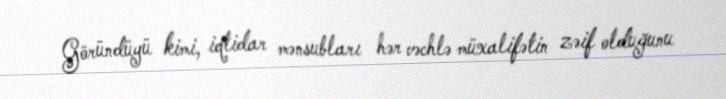
Göründüyü kimi, iqtidar mənsubları hər vəchlə müxalifətin zəif olduğunu